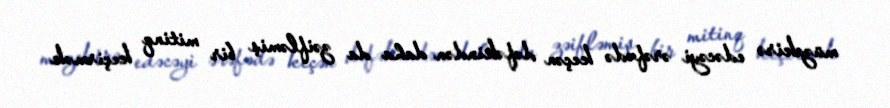
müzakirə edəcəyi ərəfədə keçən dəfəkindən daha da zəifləmiş bir mitinq keçirmək